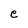
Character: e